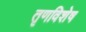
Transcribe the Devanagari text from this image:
तृणविशेष